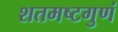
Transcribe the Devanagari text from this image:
शतमष्टगुणं